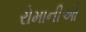
રોમાનીઓ